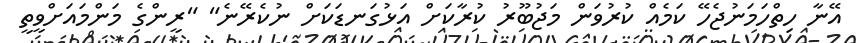
އޭނާ ހިތްހަމަނުޖެހޭ ކަމެއް ކުރުވަން މަޖުބޫރު ކުރާކަށް އަޅުގަނޑަކަށް ނުކެރޭނެ" "ރީންގެ މަންމައަށްވީތީ